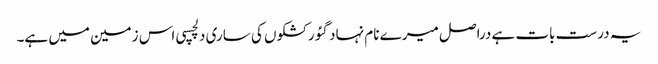
یہ درست بات ہے دراصل میرے نام نہاد گئو رکشکوں کی ساری دلچسپی اس زمین میں ہے۔